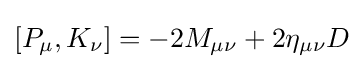
[P_{\mu },K_{\nu }]=-2M_{\mu \nu }+2\eta _{\mu \nu }D